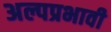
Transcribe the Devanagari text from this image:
अल्पप्रभावी